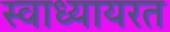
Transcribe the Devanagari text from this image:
स्वाध्यायरत